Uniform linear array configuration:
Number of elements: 4
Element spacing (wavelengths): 0.75
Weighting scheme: binomial
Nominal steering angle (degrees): -45
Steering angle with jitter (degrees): -43.315
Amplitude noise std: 0.05
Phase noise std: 0.05

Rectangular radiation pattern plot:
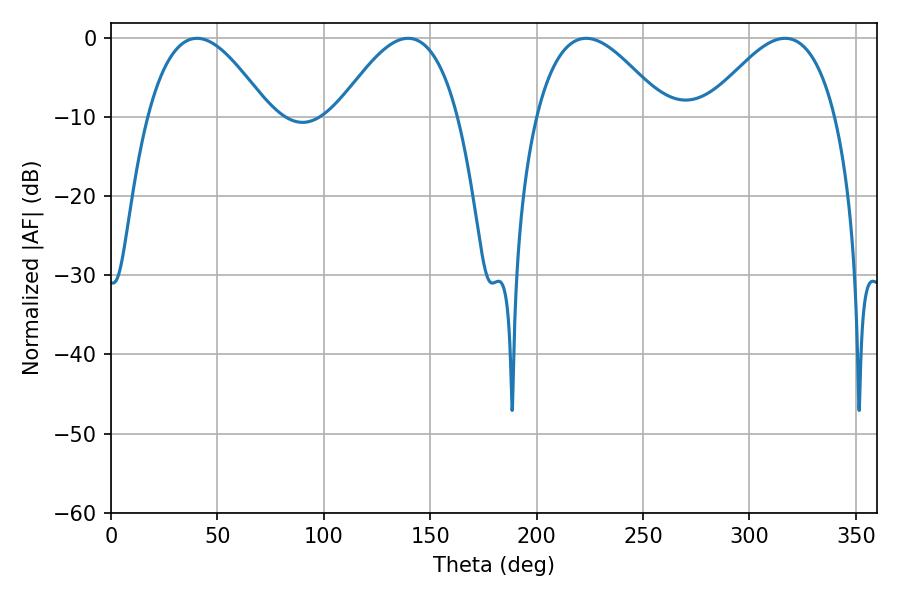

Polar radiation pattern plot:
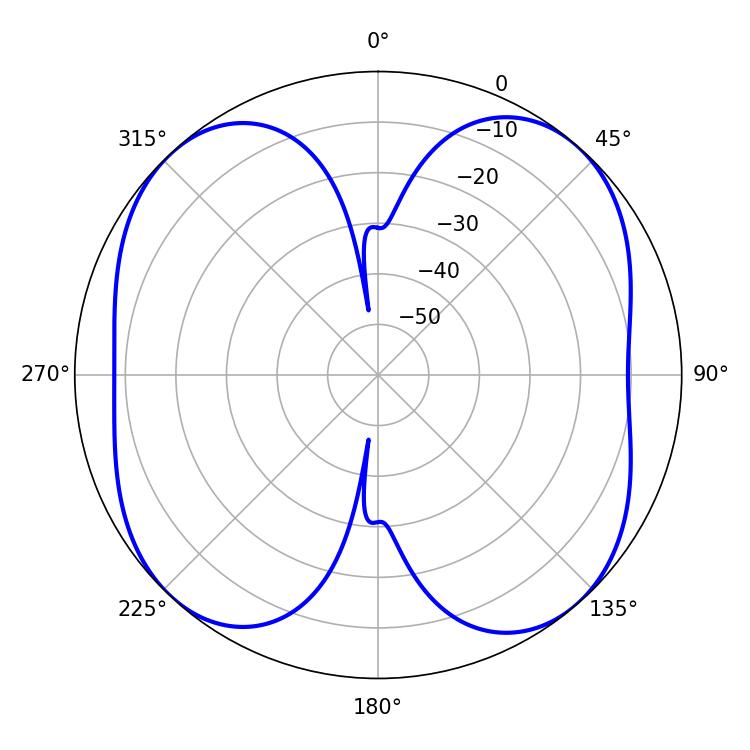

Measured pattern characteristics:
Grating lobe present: TRUE
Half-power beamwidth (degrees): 33.12
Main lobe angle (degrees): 223.2